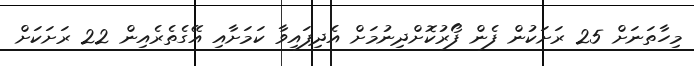
މިހާތަނަށް 25 ރަށަކުން ފެން ފޯރުކޮށްދިނުމަށް އެދިފައިވާ ކަމަށާއި އޭގެތެރެއިން 22 ރަށަކަށް